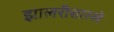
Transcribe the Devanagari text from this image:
झालरीसारखे